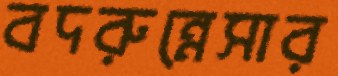
বদরুন্নেসার